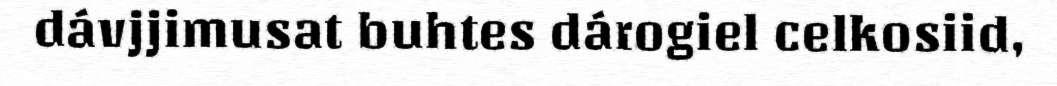
dávjjimusat buhtes dárogiel celkosiid,